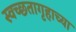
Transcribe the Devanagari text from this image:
स्वच्छतागृहाच्या